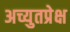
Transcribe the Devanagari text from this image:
अच्युतप्रेक्ष